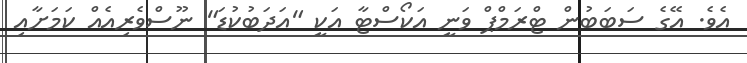
އެވެ. އޭގެ ސަބަބުން ޓްރަމްޕް ވަނީ އަކޯސްޓާ އަކީ "އަދަބުކުޑަ" ނޫސްވެރިއެއް ކަމަށާއި